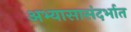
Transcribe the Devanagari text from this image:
अभ्यासासंदर्भात